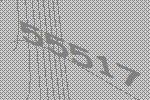
55517